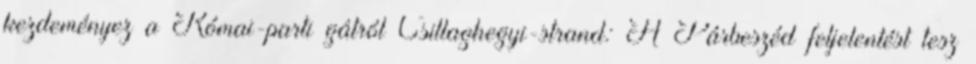
kezdeményez a Római-parti gátról Csillaghegyi-strand: A Párbeszéd feljelentést tesz